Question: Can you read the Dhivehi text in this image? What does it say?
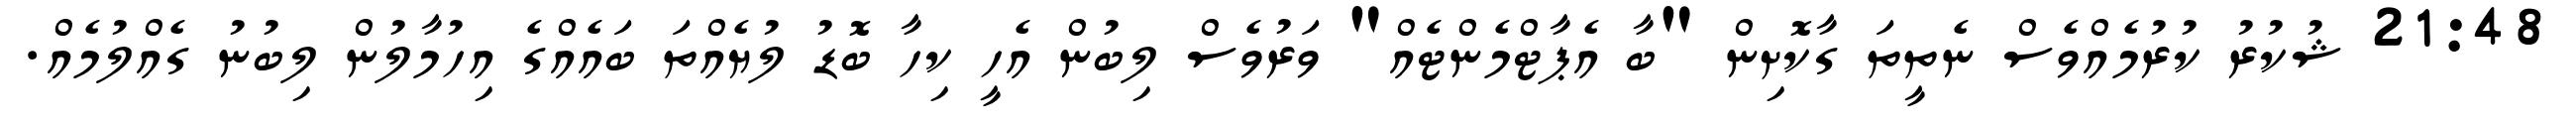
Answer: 21:48 ޝުކުރު ކުރުމެއްވެސް ނެތީތަ ގާކޮށިން "ބާ އެޕާޓްމެންޓެއް" ވަރުވެސް ލިބުން އެހީ ކިހާ ބޮޑު ލުޔެއްތަ ބައެއްގެ އިހުމާލުން ލިބުނު ގެއްލުމެއް.